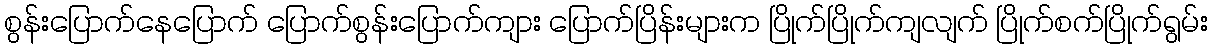
စွန်းပြောက်နေပြောက် ပြောက်စွန်းပြောက်ကျား ပြောက်ပြိန်းများက ပြိုက်ပြိုက်ကျလျက် ပြိုက်စက်ပြိုက်ရွမ်း